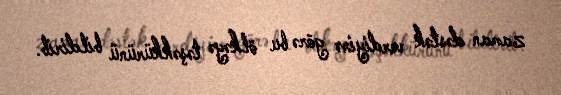
zaman dəstək verdiyinə görə bu ölkəyə təşəkkürünü bildirib.